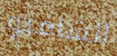
الشامبو